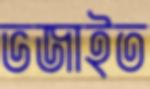
ভজাইত